Lunatic asylums Bombay report 1891-1903 - 1891-1903
Year: 1891
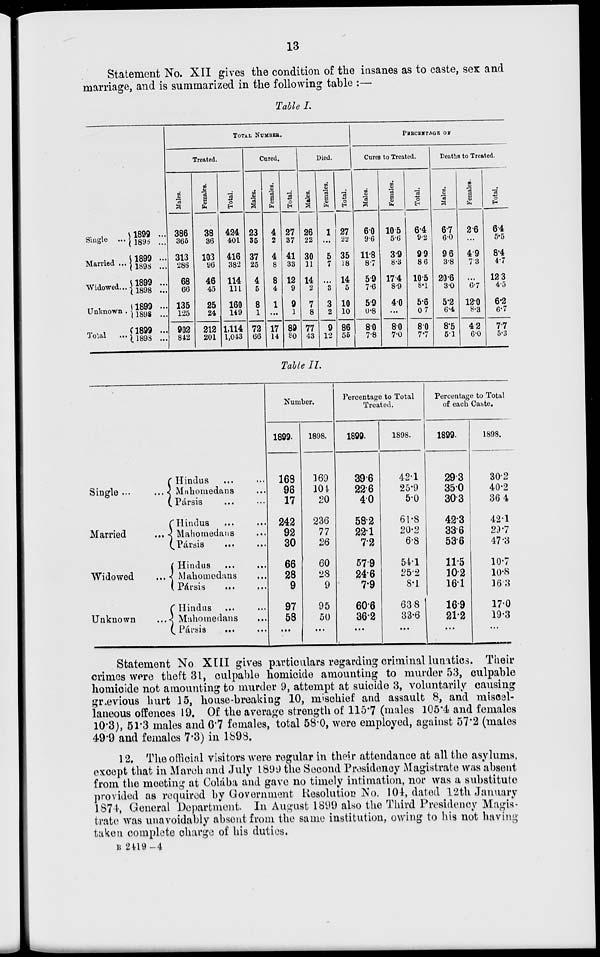
13
Statement No. XII gives the condition of the insanes as to caste, sex and
marriage, and is summarized in the following table :—
Table I.
Single ...
Married ...
Widowed...
Unknown ...
Total ...
1899 ...
1898 ...
1899 ...
1898 ...
1899 ...
1898 ...
1899 ...
1898 ...
1899 ...
1898 ...
TOTAL NUMBER.
Treated.
Males.
386
365
313
286
68
66
135
125
902
842
Females.
38
36
103
96
46
45
25
24
212
201
Total.
424
401
416
382
114
111
160
149
1,114
1,043
Cured.
Males.
23
35
37
25
4
5
8
1
72
66
Females.
4
2
4
8
8
4
1
...
17
14
Total.
27
37
41
33
12
9
9
1
89
80
Died.
Males.
26
22
30
11
14
2
7
8
77
43
Females.
1
...
5
7
...
3
3
2
9
12
Total.
27
22
35
18
14
5
10
10
86
55
PERCENTAGE OF
Cures to Treated.
Males.
6.0
9.6
11.8
8.7
5.9
7.6
5.9
0.8
8.0
7.8
Females.
10.5
5.6
3.9
8.3
17.4
8.9
4.0
...
8.0
7.0
Total.
6.4
9.2
9.9
8.6
10.5
8.1
5.6
0.7
8.0
7.7
Deaths to Treated.
Males.
6.7
6.0
9.6
3.8
20.6
3.0
5.2
6.4
8.5
5.1
Females.
2.6
...
4.9
7.3
...
6.7
12.0
8.3
4.2
6.0
Total.
6.4
5.5
8.4
4.7
12.3
4.5
6.2
6.7
7.7
5.3
Table II.
Single ... ...
Married ...
Widowed ...
Unknown ...
Hindus ... ...
Mahomedans ...
Pársis ... ...
Hindus ... ...
Mahomedans ...
Pársis ... ...
Hindus ... ...
Mahomedans ...
Pársis ... ...
Hindus ... ...
Mahomedans ...
Pársis
... ...
Number.
1899.
168
96
17
242
92
30
66
28
9
97
58
...
1898.
169
104
20
236
77
26
60
28
9
95
50
...
Percentage to Total
Treated.
1899.
39.6
22.6
4.0
58.2
22.1
7.2
57.9
24.6
7.9
60.6
36.2
...
1898.
42.1
25.9
5.0
61.8
20.2
6.8
54.1
25.2
8.1
63.8
33.6
...
Percentage to Total
of each Caste.
1899.
29.3
35.0
30.3
42.3
33.6
53.6
11.5
10.2
16.1
16.9
21.2
...
1898.
30.2
40.2
36.4
42.1
29.7
47.3
10.7
10.8
16.3
17.0
19.3
...
Statement No XIII gives particulars regarding criminal lunatics. Their
crimes were theft 31, culpable homicide amounting to murder 53, culpable
homicide not amounting to murder 9, attempt at suicide 3, voluntarily causing
grievious hurt 15, house-breaking 10, mischief and assault 8, and miscel-
laneous offences 19. Of the average strength of 115.7 (males 105.4 and females
10.3), 51.3 males and 6.7 females, total 58.0, were employed, against 57.2 (males
49.9 and females 7.3) in 1898.
12. The official visitors were regular in their attendance at all the asylums,
except that in March and July 1899 the Second Presidency Magistrate was absent
from the meeting at Colába and gave no timely intimation, nor was a substitute
provided as required by Government Resolution No. 104, dated 12th January
1874, General Department. In August 1899 also the Third Presidency Magis-
trate was unavoidably absent from the same institution, owing to his not having
taken complete charge of his duties.
B 2419—4